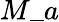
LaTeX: M\_ a